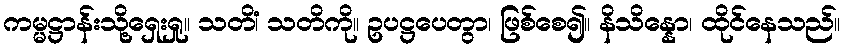
ကမ္မဋ္ဌာန်းသို့ရှေးရှု။ သတိံ၊ သတိကို။ ဥပဋ္ဌပေတွာ၊ ဖြစ်စေ၍။ နိသိန္နော၊ ထိုင်နေသည်။